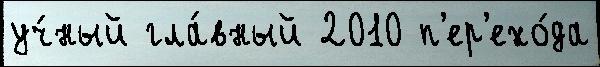
уч́ный гла́вный 2010 п'ер'ехо́да